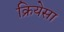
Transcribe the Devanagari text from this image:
क्रियेसा